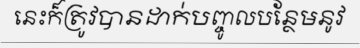
នេះក៏ត្រូវបានដាក់បញ្ចូលបន្ថែមនូវ